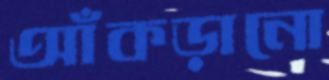
আঁকড়ানো